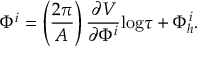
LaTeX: \Phi ^ { i } = \left( \frac { 2 \pi } { A } \right) \frac { \partial V } { \partial \Phi ^ { i } } \mathrm { l o g } \tau + \Phi _ { h } ^ { i } .